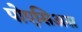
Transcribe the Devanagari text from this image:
पोएसिअस